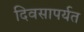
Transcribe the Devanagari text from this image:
दिवसापर्यत